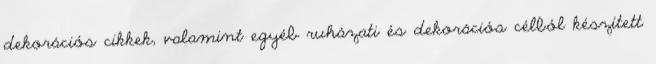
dekorációs cikkek, valamint egyéb ruházati és dekorációs célból készített